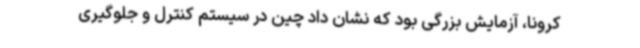
کرونا، آزمایش بزرگی بود که نشان داد چین در سیستم کنترل و جلوگیری